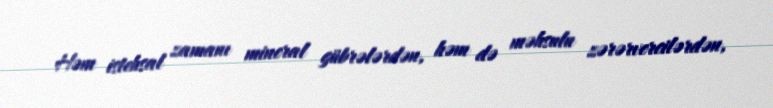
Həm istehsal zamanı mineral gübrələrdən, həm də məhsulu zərərvercilərdən,